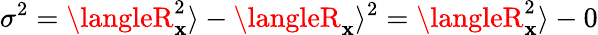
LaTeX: \sigma^{2}=\langleR_{\mathbf{x}}^{2}\rangle-\langleR_{\mathbf{x}}\rangle^{2}=\langleR_{\mathbf{x}}^{2}\rangle-0